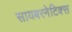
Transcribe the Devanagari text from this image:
सायबरनेटिक्स